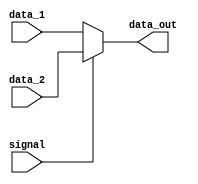
module mux_01_32b (
    input  wire        signal,
    input  wire [31:0] data_1,
    input  wire [31:0] data_2,
    output wire [31:0] data_out
);

    assign data_out = (signal) ? data_2 : data_1;

endmodule